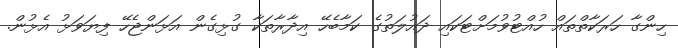
ހިންގާ ހަރަކާތްތައް ހުއްޓުވުމަށްޓަކައި ދައުލަތުގެ ކަމާބެހޭ އިދާރާތަކާ ގުޅިގެން އަޅަންޖެހޭ ފިޔަވަޅު އެޅުން.